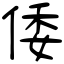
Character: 倭